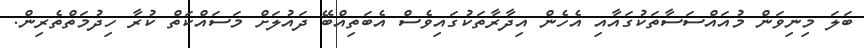
ބަލަ މިނިވަން މުއައްސަސާތަކުގައާއި އެހެން އިދާރާތަކުގައިވެސް އެބަތިއްބޭ ދައުލަށް މަސައްކަތް ކުރާ ހިދުމަތްތެރިން.